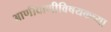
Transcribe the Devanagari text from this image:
आणीबाणीविषयकच्या